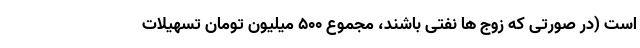
است (در صورتی که زوج ها نفتی باشند، مجموع ۵۰۰ میلیون تومان تسهیلات